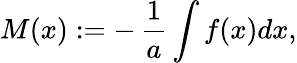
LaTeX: M(x):=-\, {\frac{1}{a}}\int f(x)dx,